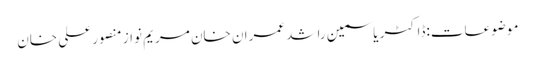
موضوعات:ڈاکٹر یاسمین راشد عمران خان مریم نواز منصور علی خان